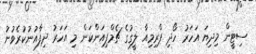
ސިޓީން މިދިޔަ އަހަރު ހޯދި ޕްރިމިއާ ލީގުގެ ޗެމްޕިއަންކަން މި އަހަރު ދިފާއުނުކުރެވުނު